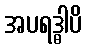
အပရဒ္ဓါပိ